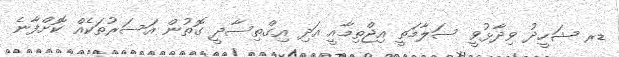
ޑރ ޝަހީދު ވިދާޅުވީ ސަލާމަތީ އިޖްތިމާއީ އަދި އިގްތިސާދީ ގޮތުން އަސަރުތަކެއް ކޮށްފާނެ